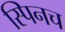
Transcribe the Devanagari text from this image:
स्पिनच